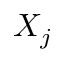
X _ { j }